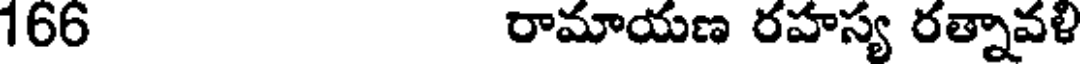
166 రామాయణ రహస్య రత్నావళి